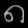
Digit: ၈